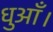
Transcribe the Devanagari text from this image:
धुआँ।